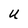
Character: U